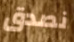
نصدق